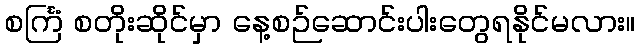
စင်္ကြံ စတိုးဆိုင်မှာ နေ့စဉ်ဆောင်းပါးတွေရနိုင်မလား။